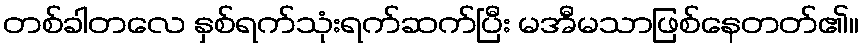
တစ်ခါတလေ နှစ်ရက်သုံးရက်ဆက်ပြီး မအီမသာဖြစ်နေတတ်၏။